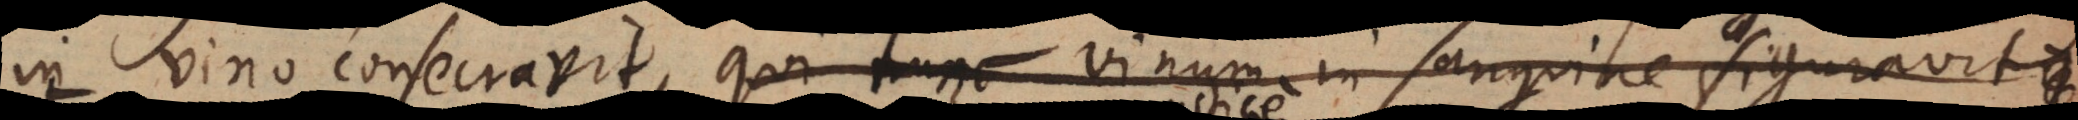
in vino consecravit, qui tunc vinum in sanguine figuravit